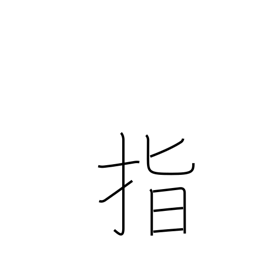
Meaning: point to